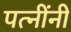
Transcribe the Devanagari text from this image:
पत्नींनी